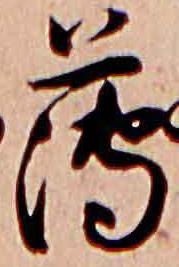
薄